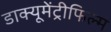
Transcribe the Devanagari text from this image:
डाक्यूमेंट्रीफिल्म